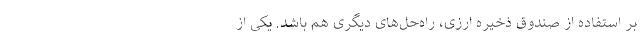
بر استفاده از صندوق ذخیره ارزی، راه‌حل‌های دیگری هم باشد. یکی از